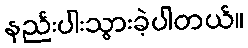
နည်းပါးသွားခဲ့ပါတယ်။